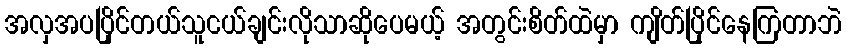
အလှအပပြိုင်တယ်သူငယ်ချင်းလိုသာဆိုပေမယ့် အတွင်းစိတ်ထဲမှာ ကျိတ်ပြိုင်နေကြတာဘဲ